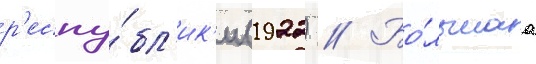
р'еспу́бл'ик'и (1922) // Бо́льшаа